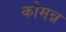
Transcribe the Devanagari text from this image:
कोमन्न